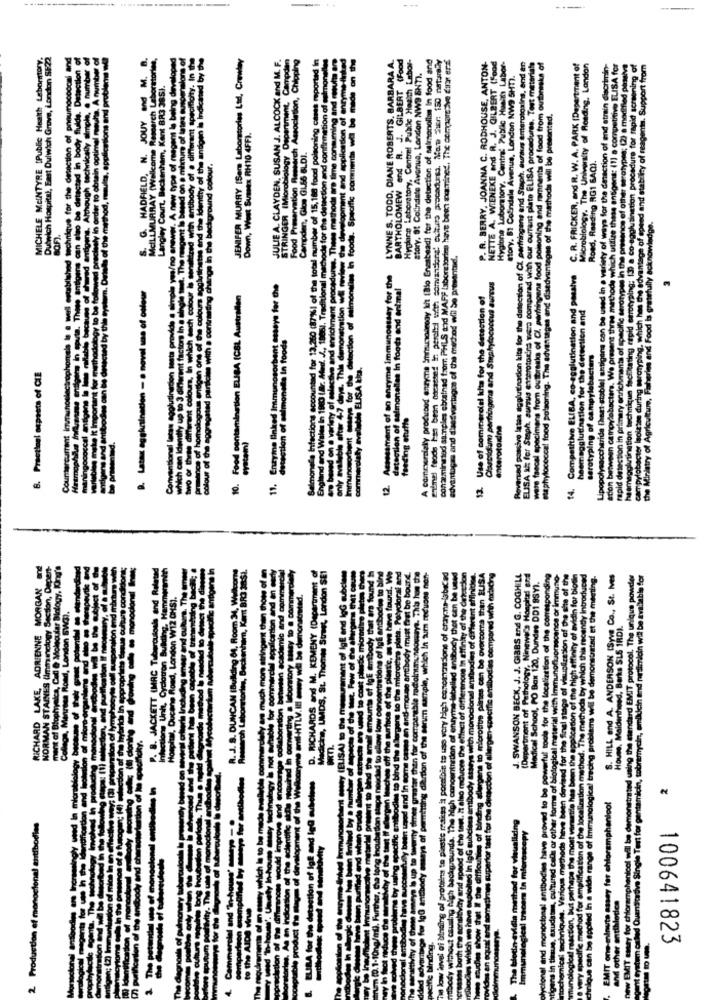
---
MICHELE MCINTYRE (Puble Heath Lebomtory.
Dulwich Hospital, East Dulwich Grove, London SE22
technique for the detection of pneumococcal and
Although technically simple, @ number of
method, resulta, applications and probleme win
G. HADFIELD. N. JOUY and M. B.
McILLMURRAY (Wellcome Research Laboratories,
Ination tests provide a simple yes/no answer. A new type of magent le being developed
ons of
Ginarent factors In a single tout. The reagent Is based on a mixture of latex suspensions of
and the identity of the antigen is indicated by the
JENIFER MURRY (Sem Laboratories Lad, Crowley
JULIE A. CLAYDEN, SUSAN J. ALCOCK and M. F.
Food Primervation Research Association, Chipping
sing
Salmonella Infections accountad for 13,260 (87%) of the total number of 15,188 food poisoning cases reported in
These methods are time consuming and multa an
a based on a variety of salactive and enrichment procedures. These methods are time consuming and muutta an
Mal owvise the development and application of ennymme-linked
Immunosorbent stays for the detection of salmonelles in foods. Specific comments will be made on the
LYNNE S. TOCD, DIANE ROBERTS, BARBARA A.
BARTHOLOMEW end R. J. GILBERT (Food
Hyglune Laboratory, Central Public Health Labor-
A commercially produced enzyme Eminsungdrogy bit (Bio Enebead) for the detection of salmonellas In food and
conaminmed samples ebtalnad from PHILS and MAFF Laboratories have bem examined. The comparse Eine erif
P. R. BERRY, JOANNA C. RODHOUSE, ANTON-
NETTE A. WIENEKE and R. J. GILBERT (Food
Hygione Laboratory. Centre Public Human Labor-
ELISA al: for Staph. aursus enterotoxins wers comparad with our current plate ELISA procedures. Tost materials
number
wate faecal specimens from outbreak of Cl. paringens food poisoning and remnants of food trom outbreaks of
C. R. FRICKER, and R. W. A. PARK (Department of
Microbiology, The University of Roading, London
variety of ways for the dasaction of and atrain discrimin-
which utilize these antigens: (1) a competitive ELISA for
strotypes in the presence of other seratypes; (2) a modified passive
Icarotyping: 13) a co-egglutination procedure for rapid screening of
has the advantage of speed and stability of reagents. Support from
tacted in body fluids. Detect
story. 81 Colindate Avenue, London NW9 ENTI.
81 CoUndale Avenue, London NW9 5HT).
Reversed passive lates agglutination kits for the detection of CL perfringens end Staph, Buraus enterotoxins, en
Langley Court, Backenham, Kent BR3 3851.
pon and confirmation of sulm
sin optimal mauhs, A
staphylococca! food poisoning. The advantages and disadvantages of the methode will be presented.
Down, West Sussex RH10 4FFI.
STRINGER (Microbiology Onps
Campder, Glos GLES BLDI.
I machods for the detection and co
Road, Reading RG1 6AQ).
Ilcias with a contrasting change in the background colour.
the method,
gratefully acknowledge.
advantages and chaosvirtuges of the mechod wiil Se presentael.
Assessment of an enzyme immunoassay for the
Competitive ELISA, co-agglutination and passive
11. Enzyme Enked Immunosorbent assaye for che
detection of salmonellas In foods and animal
Clastiolam pertringena and Staphylococcus aureus
Latex aggkcalnacion - a novel se of colour
Food contamination ELISA (CBL Australian
13. Use of commercial kita for the detection of
heemagglutination for the detection and
an be
detection of salmonella In foods
shtigana co
ments of sp
none
woon campylobacters. We pres
otyping.
Iniatry of Agriculture, Fisheries and
commercialy avolubile ELISA kics.
8. Practinel espasts of CIE
and Wales In 1980 (Br.
er based on a variety of eslect
eine! frode has bean 0dcat
serotyping of campylo
eston in primary enric
unation technique
can Identity up
Conventional latan C
feeding etutte
enterotoxine
rapid det
the Miniat
10.
12.
14.
RICHARD LAKE, ADRIENNE MORGAN and
NORMAN STAINES (Immunology Section, Depert-
ment of Biophyelca, Cad & Molecular Biology, Ong's
ertusoals and Related
tborrones, Backenhem, Kam BR3 3RS1.
D. RICHARDS and M. KEMENY (Department of
Medicine, UMDS, St. Thomas Street, London SE1
A. J. S. DUNCAN (Building 64, Room 34, Willsonm
on and an cant
J. SWANSON BECK, J. J. GIBBS and G. COGHILL
Y. Ningwer's Hospital and
listtion of the comresponding
sapanca or immuno-
hity of avidin for biotin
thod. The methods by which this necandy Introduced
trecing problems will be demonstrated et the meeting.
S. HILL and A. ANDERSON (Syve Co ., St. Ives
d using the ciendard EMIT protocol. The unique powder
bramycin, amikdiein and resimicin will be available for
The e
Chows
Han academic and comm
des DD1 9SYI.
on W12 OHSJ.
y wil be demonstrated.
Road, London SW3)
House. Maidenhned, Berks SLS IRDI.
gical material with Immunofluone
Du
. JACKETT (MAC
much mom
d for the final stage of vin
(Department of A
stul toola fort
Medical
d to be
2
EMIT one-minute assay fer chloramphenicol
2 Production of monoclonal antibodies
for visualizing
we have
new EMIT essay for chloremphanicol wil
agent system called Quantitative Single T
I and In-house
and other entihlettes
The bledin evidla
clonal and monoclo
gana in thesun, axuda
achemical technique
unological reaction,
wy specific method
nique can be ep
Comme
100641823